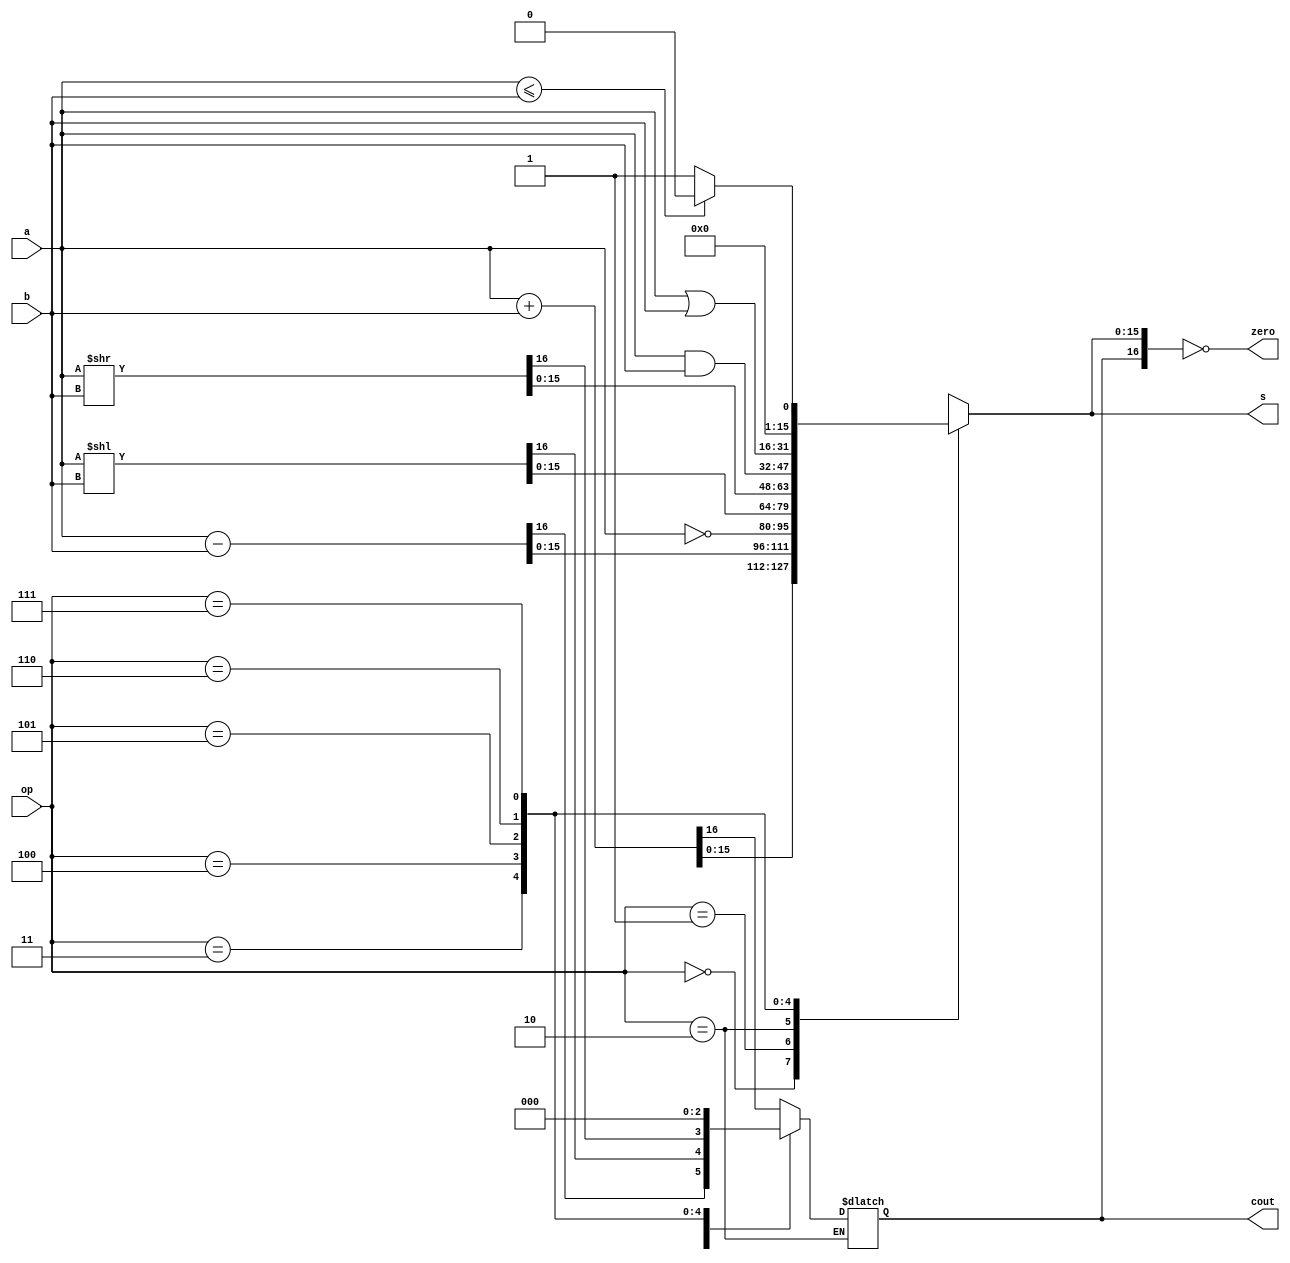
module arithmetic_logic_unit(
	input [2:0] op, // change to sel
	input [15:0] a,
	input [15:0] b,
	output [15:0] s,
	output cout,
	output zero
	);

	reg [16:0] out_reg;
	reg c;

	always @ * begin 
		case(op)
			3'b000: out_reg = a + b;		// ADD
			3'b001: out_reg = a - b;		// SUB
			3'b010: out_reg[15:0] = ~a;		// NOT
			3'b011: out_reg = a << b;		// SL (Logical)
			3'b100: out_reg = a >> b;		// SR (Logical)
			3'b101: out_reg = a & b;		// AND
			3'b110: out_reg = a | b;		// OR
			3'b111: begin 					// ZLE (Set Zero if Less Than or Equal)
				if (a<=b) out_reg = 1'b0;
				else out_reg = 1'b1;
				end
			default: out_reg = a;
		endcase
	end
	
	assign zero = (out_reg == 0);
	assign s = out_reg[15:0];
	assign cout = out_reg[16];
endmodule